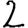
Digit: 2